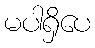
မပါရှိပေ